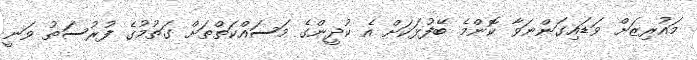
މައުރިޒަށް ވަޑައިގަންނަވާ ކޮންމެ ބޭފުޅަކަށް އެ ކުދީންގެ މަސައްކަތްތަށް ގަތުމުގެ ފުރުސަތު ވަނީ